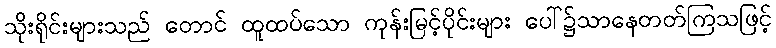
သိုးရိုင်းများသည် တောင် ထူထပ်သော ကုန်းမြင့်ပိုင်းများ ပေါ်၌သာနေတတ်ကြသဖြင့်